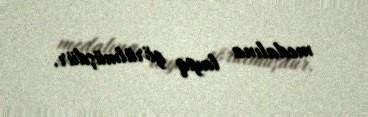
medalına layiq görülmüşdür.